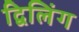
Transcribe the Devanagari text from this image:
द्विलिंग